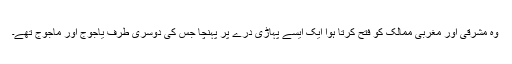
وہ مشرقی اور مغربی ممالک کو فتح کرتا ہوا ایک ایسے پہاڑی درّے پر پہنچا جس کی دوسری طرف یاجوج اور ماجوج تھے۔